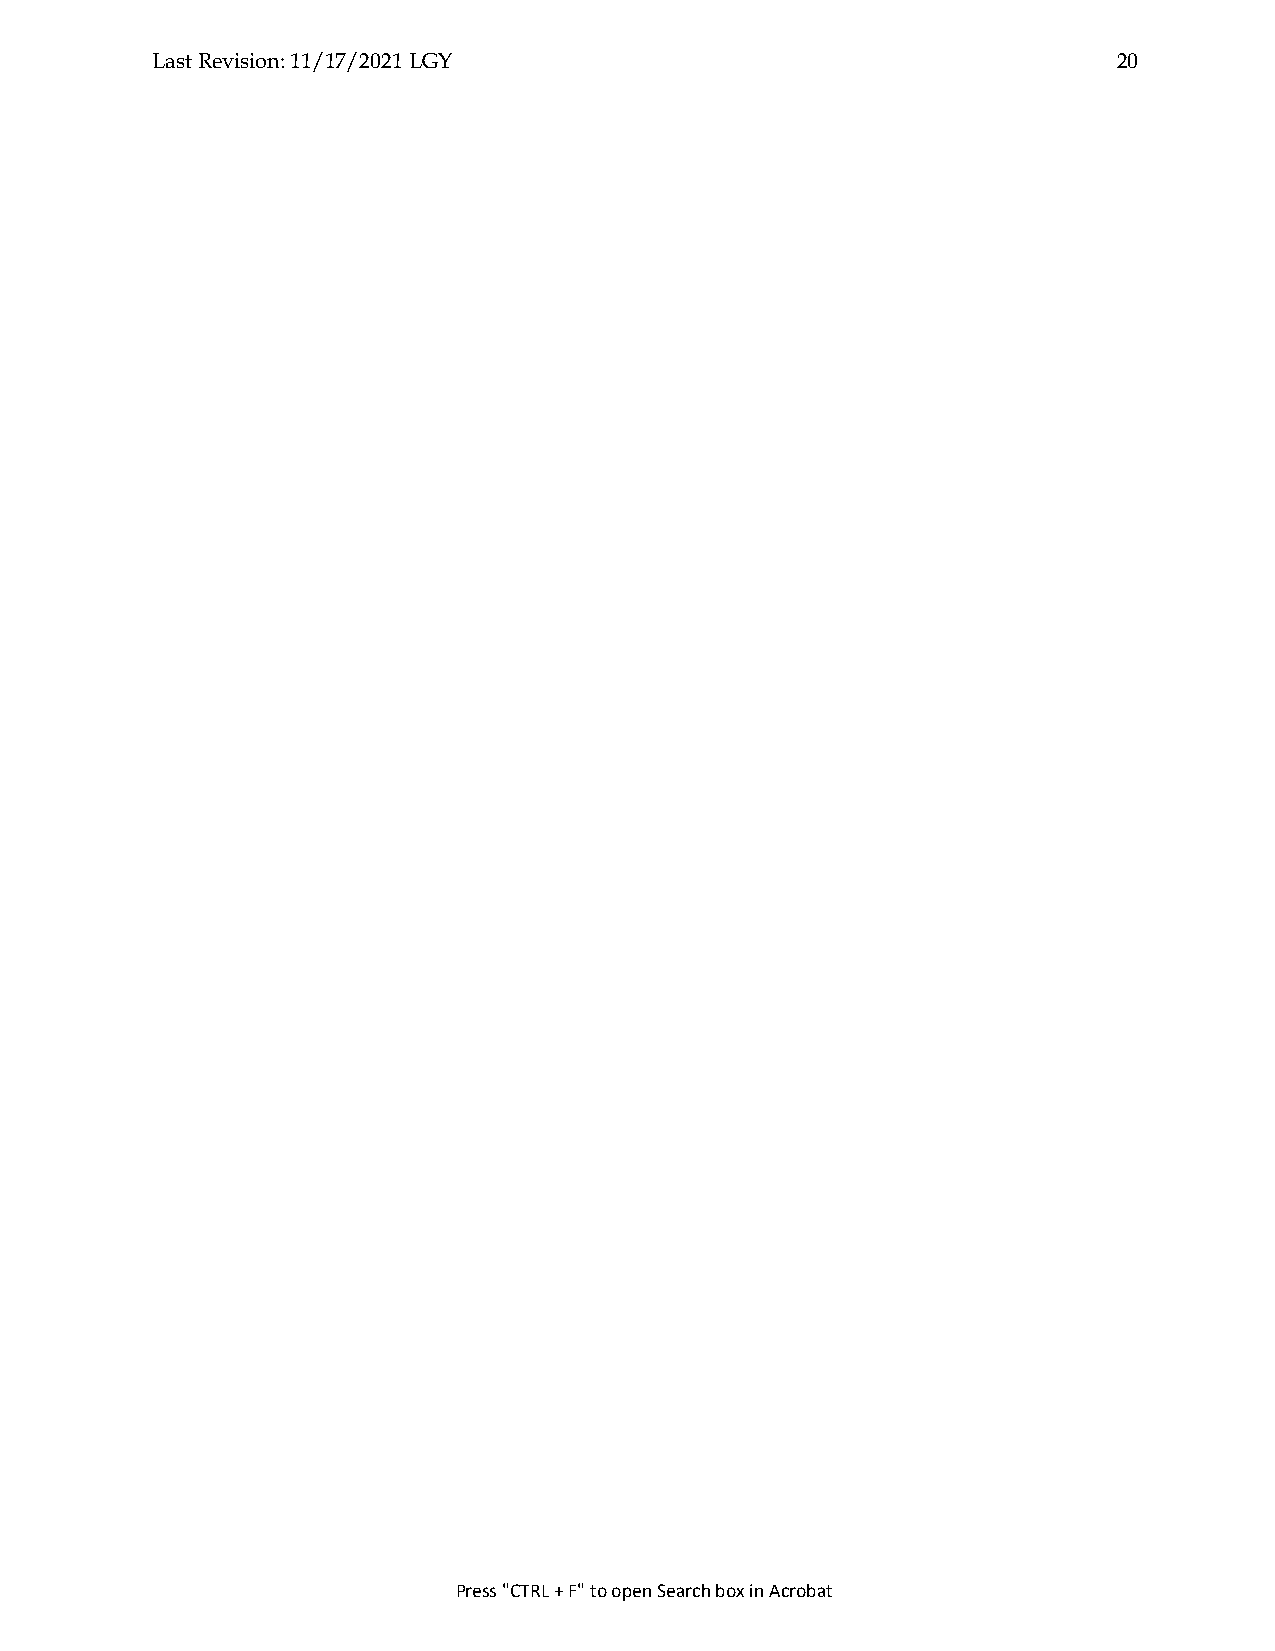
Last Revision: 11/17/2021 LGY                                   20
 Press "CTRL + F" to open Search box in Acrobat